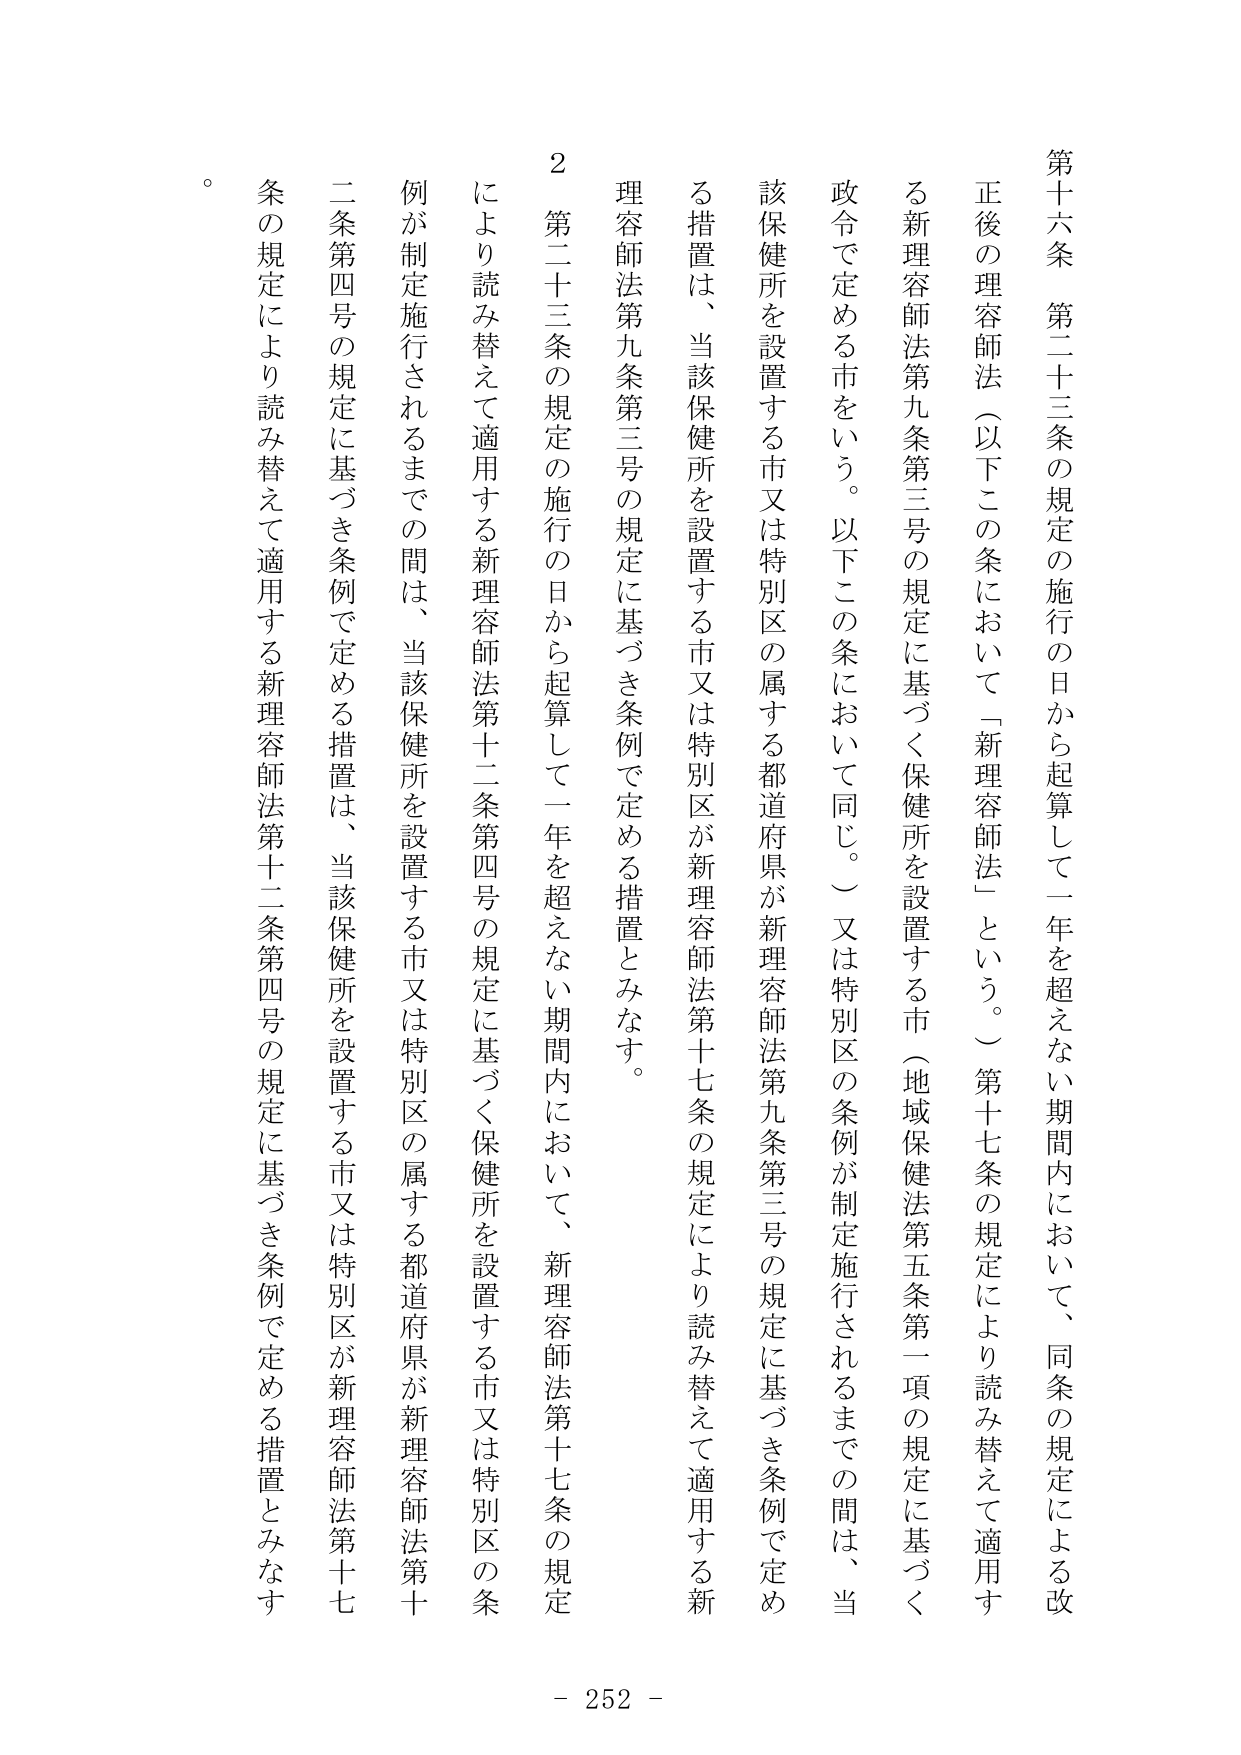
第十六条　第二十三条の規定の施行の日から起算して一年を超えない期間内において、同条の規定による改正後の理容師法（以下この条において「新理容師法」という。）第十七条の規定により読み替えて適用する新理容師法第九条第三号の規定に基づく保健所を設置する市（地域保健法第五条第一項の規定に基づく政令で定める市をいう。以下この条において同じ。）又は特別区の条例が制定施行されるまでの間は、当該保健所を設置する市又は特別区の属する都道府県が新理容師法第九条第三号の規定に基づき条例で定める措置は、当該保健所を設置する市又は特別区が新理容師法第十七条の規定により読み替えて適用する新理容師法第九条第三号の規定に基づき条例で定める措置とみなす。

２　第二十三条の規定の施行の日から起算して一年を超えない期間内において、新理容師法第十七条の規定により読み替えて適用する新理容師法第十二条第四号の規定に基づく保健所を設置する市又は特別区の条例が制定施行されるまでの間は、当該保健所を設置する市又は特別区の属する都道府県が新理容師法第十二条第四号の規定に基づき条例で定める措置は、当該保健所を設置する市又は特別区が新理容師法第十七条の規定により読み替えて適用する新理容師法第十二条第四号の規定に基づき条例で定める措置とみなす。

。

- 252 -